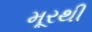
મૂરથી